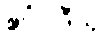
ဧဝံဝါဒီသု